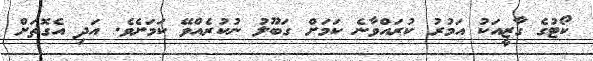
ކޯޓުގެ ގާޒީއަކު އަމުރު ކުރައްވާނެ ކަމަށް ގަބޫލު ނުކުރެއްވޭ ކަމަށެވެ. އަދި އެގޮތަށް